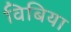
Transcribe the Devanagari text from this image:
विबिया